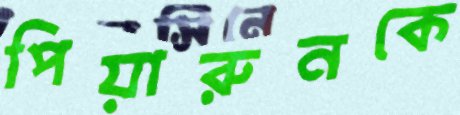
পিয়ারুনকে